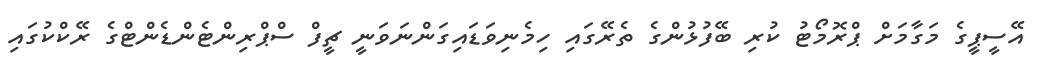
އޭސީޕީގެ މަގާމަށް ޕްރޮމޯޓު ކުރި ބޭފުޅުންގެ ތެރޭގައި ހިމެނިވަޑައިގަންނަވަނީ ޗީފް ސްޕްރިންޓެންޑެންޓްގެ ރޭކްކުގައި